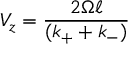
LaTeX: V _ { z } = { \frac { 2 \Omega \ell } { ( k _ { + } + k _ { - } ) } }